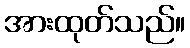
အားထုတ်သည်။